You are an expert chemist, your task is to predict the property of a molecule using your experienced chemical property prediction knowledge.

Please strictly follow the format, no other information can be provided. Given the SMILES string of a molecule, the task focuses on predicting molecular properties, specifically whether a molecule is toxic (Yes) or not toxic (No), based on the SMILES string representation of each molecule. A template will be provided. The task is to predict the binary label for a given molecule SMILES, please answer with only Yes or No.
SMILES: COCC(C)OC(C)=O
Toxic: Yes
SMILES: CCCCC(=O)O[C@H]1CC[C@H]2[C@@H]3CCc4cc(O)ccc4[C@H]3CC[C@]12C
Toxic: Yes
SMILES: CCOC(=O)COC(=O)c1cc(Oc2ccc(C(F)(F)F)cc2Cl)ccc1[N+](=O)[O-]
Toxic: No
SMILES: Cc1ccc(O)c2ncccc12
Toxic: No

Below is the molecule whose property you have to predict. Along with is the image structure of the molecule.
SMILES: C/C=C(\C)C(=O)OC/C=C(\C)CCC=C(C)C
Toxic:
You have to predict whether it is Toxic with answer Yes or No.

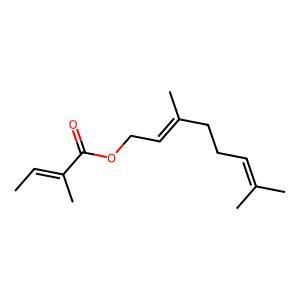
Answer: No